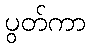
ပွတ်ကာ